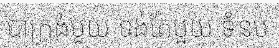
បាក្រង់មួយ ទង់តែមួយ ទំនប់